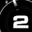
Digit: 2